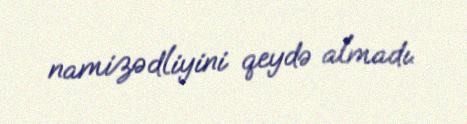
namizədliyini qeydə almadı.